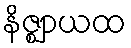
နိဇ္ဈာယထ